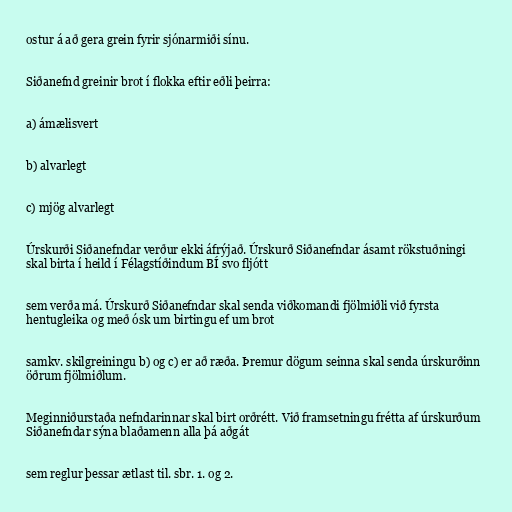
ostur á að gera grein fyrir sjónarmiði sínu.

Siðanefnd greinir brot í flokka eftir eðli þeirra:

a) ámælisvert

b) alvarlegt

c) mjög alvarlegt

Úrskurði Siðanefndar verður ekki áfrýjað. Úrskurð Siðanefndar ásamt rökstuðningi
skal birta í heild í Félagstíðindum BÍ svo fljótt

sem verða má. Úrskurð Siðanefndar skal senda viðkomandi fjölmiðli við fyrsta
hentugleika og með ósk um birtingu ef um brot

samkv. skilgreiningu b) og c) er að ræða. Þremur dögum seinna skal senda úrskurðinn
öðrum fjölmiðlum.

Meginniðurstaða nefndarinnar skal birt orðrétt. Við framsetningu frétta af úrskurðum
Siðanefndar sýna blaðamenn alla þá aðgát

sem reglur þessar ætlast til. sbr. 1. og 2.